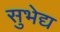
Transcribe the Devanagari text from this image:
सुभेद्य